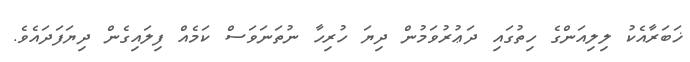
ޚަބަރާއެކު ލިލިއަންގެ ހިތުގައި ދަޢުރުވަމުން ދިޔަ ހުރިހާ ނުތަނަވަސް ކަމެއް ފިލައިގެން ދިޔަފަދައެވެ.